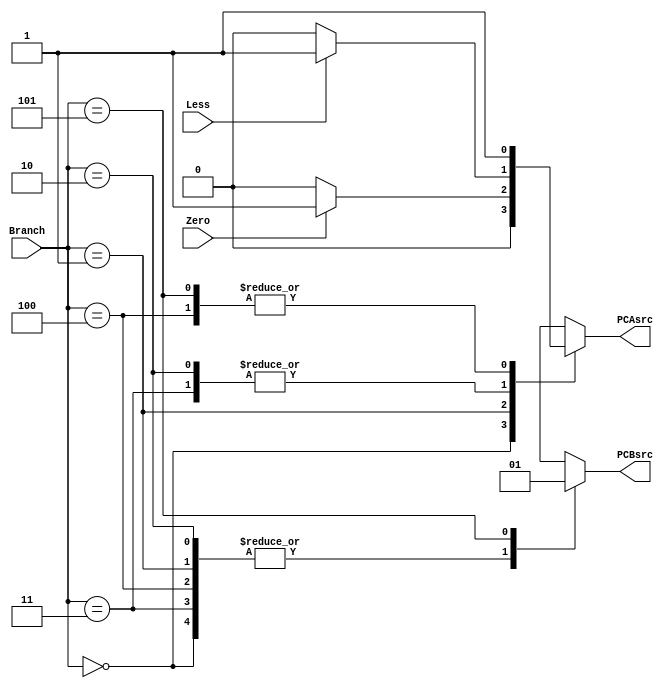
`timescale 1ns / 1ps
//////////////////////////////////////////////////////////////////////////////////
// Company: 
// Engineer: 
// 
// Design Name: 
// Module Name: Branch_control
// Project Name: 
// Target Devices: 
// Tool Versions: 
// Description: 
// 
// Dependencies: 
// 
// Revision:
// Revision 0.01 - File Created
// Additional Comments:
// 
//////////////////////////////////////////////////////////////////////////////////


module Branch_control(
    input Zero, Less,
    input [2:0] Branch,
    output reg PCAsrc, PCBsrc
    );
    always @(*) begin
        case (Branch)
            3'b000: begin
                PCAsrc = 1'b0;
                PCBsrc = 1'b0;
            end
            3'b001: begin
                PCBsrc = 1'b0;
                if(Zero) 
                    PCAsrc = 1'b1;
                else 
                    PCAsrc = 1'b0;
            end
            3'b010: begin
                PCBsrc = 1'b0;
                if(Less)
                    PCAsrc = 1'b1;
                else
                    PCAsrc = 1'b0; 
            end
            3'b011: begin
                PCBsrc = 1'b0;
                if(Less)
                    PCAsrc = 1'b1;
                else    
                    PCAsrc = 1'b0;
            end
            3'b100: begin
                PCAsrc = 1'b1;
                PCBsrc = 1'b0;
            end
            3'b101: begin
                PCAsrc = 1'b1;
                PCBsrc = 1'b1;
            end
            default: begin
                //avoid latch
                PCAsrc = 1'bx;
                PCBsrc = 1'bx;
            end
        endcase
    end
endmodule